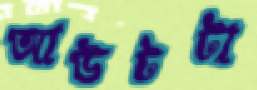
আউটটা